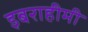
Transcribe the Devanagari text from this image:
इबराहीमी